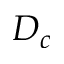
D _ { c }